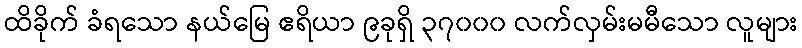
ထိခိုက် ခံရသော နယ်မြေ ဧရိယာ ၉ခုရှိ ၃၇၀၀၀ လက်လှမ်းမမီသော လူများ